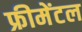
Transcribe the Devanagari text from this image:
फ्रीमेंटल